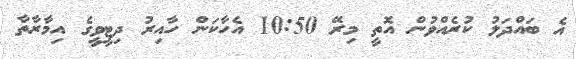
އެ ބައްދަލު ކުރެއްވުން އޮތީ މިރޭ 10:50 އެހާކަން ހާއިރު ދިޓީވީގެ އިމާރާތާ